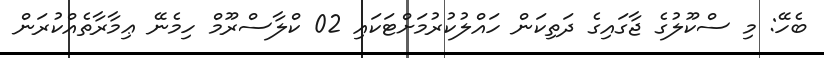
ބެހޭ: މި ސްކޫލުގެ ޖާގައިގެ ދަތިކަން ހައްލުކުރުމަށްޓަކައި 02 ކްލާސްރޫމް ހިމެނޭ ޢިމާރާތެއްކުރަން